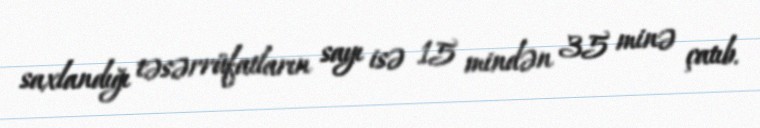
saxlandığı təsərrüfatların sayı isə 15 mindən 35 minə çatıb.